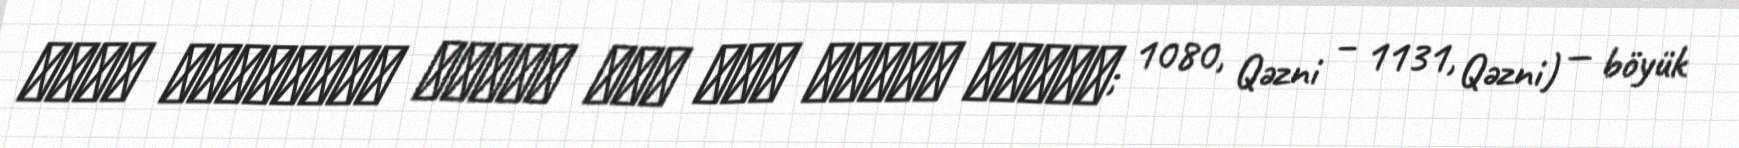
حکیم ابوالمجد مجدود ‌بن آدم سنایی غزنوی; 1080, Qəzni – 1131, Qəzni) — böyük